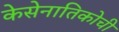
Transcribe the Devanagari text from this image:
केसेनातिकोची